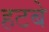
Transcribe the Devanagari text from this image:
हटबे